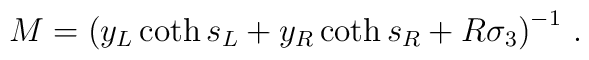
M  = \left( y_L \coth s_L + y_R \coth s_R + R \sigma_3 \right)^{-1} \, .